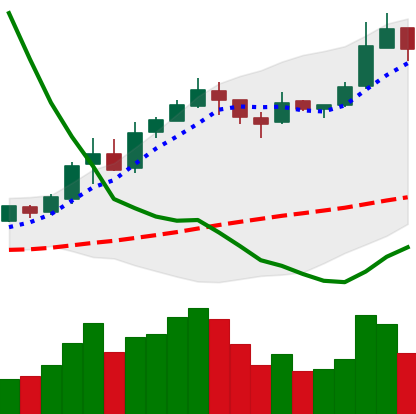
Ticker: BNB-USD
Chart end date: 2019-02-21
Forward return: -9.257%
Label: down_7plus